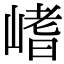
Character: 𡺸